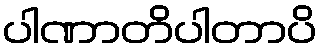
ပါဏာတိပါတာပိ